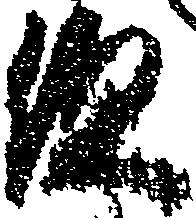
次